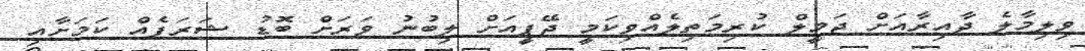
ވިލިމާލެ ދާއިރާއަށް ޖަމީލް ކުރިމަތިލެއްވިކަމީ ޖޭޕީއަށް ލިބުނު ވަރަށް ބޮޑު ޝަރަފެއް ކަމަށާއި